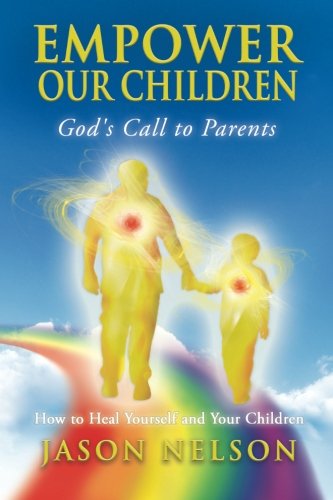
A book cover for Empower Our Children: God's Call to Parents: How to Heal Yourself and Your Children; Jason Nelson; Self-Help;